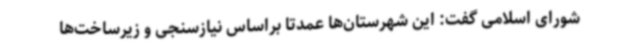
شورای اسلامی گفت: این شهرستان‌ها عمدتاً براساس نیازسنجی و زیرساخت‌ها